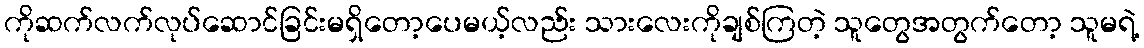
ကိုဆက်လက်လုပ်ဆောင်ခြင်းမရှိတော့ပေမယ့်လည်း သားလေးကိုချစ်ကြတဲ့ သူတွေအတွက်တော့ သူမရဲ့